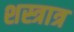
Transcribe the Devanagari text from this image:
शस्त्रात्र